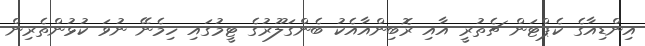
އިންޑިއާގެ ކެޕްޓަން ޗެތުރީ އާއި ރޮބިންއާއެކު ބެންގަލޫރުގެ ޓީމުގައި ހިމެނޭ ނުވަ ކުޅުންތެރިން